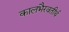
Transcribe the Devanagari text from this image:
कालभैरवतीर्थ